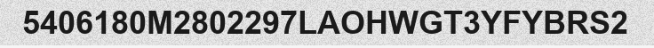
5406180M2802297LAOHWGT3YFYBRS2